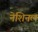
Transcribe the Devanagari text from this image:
नेशिनल